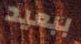
ببعيد